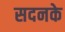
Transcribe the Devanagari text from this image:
सदनके